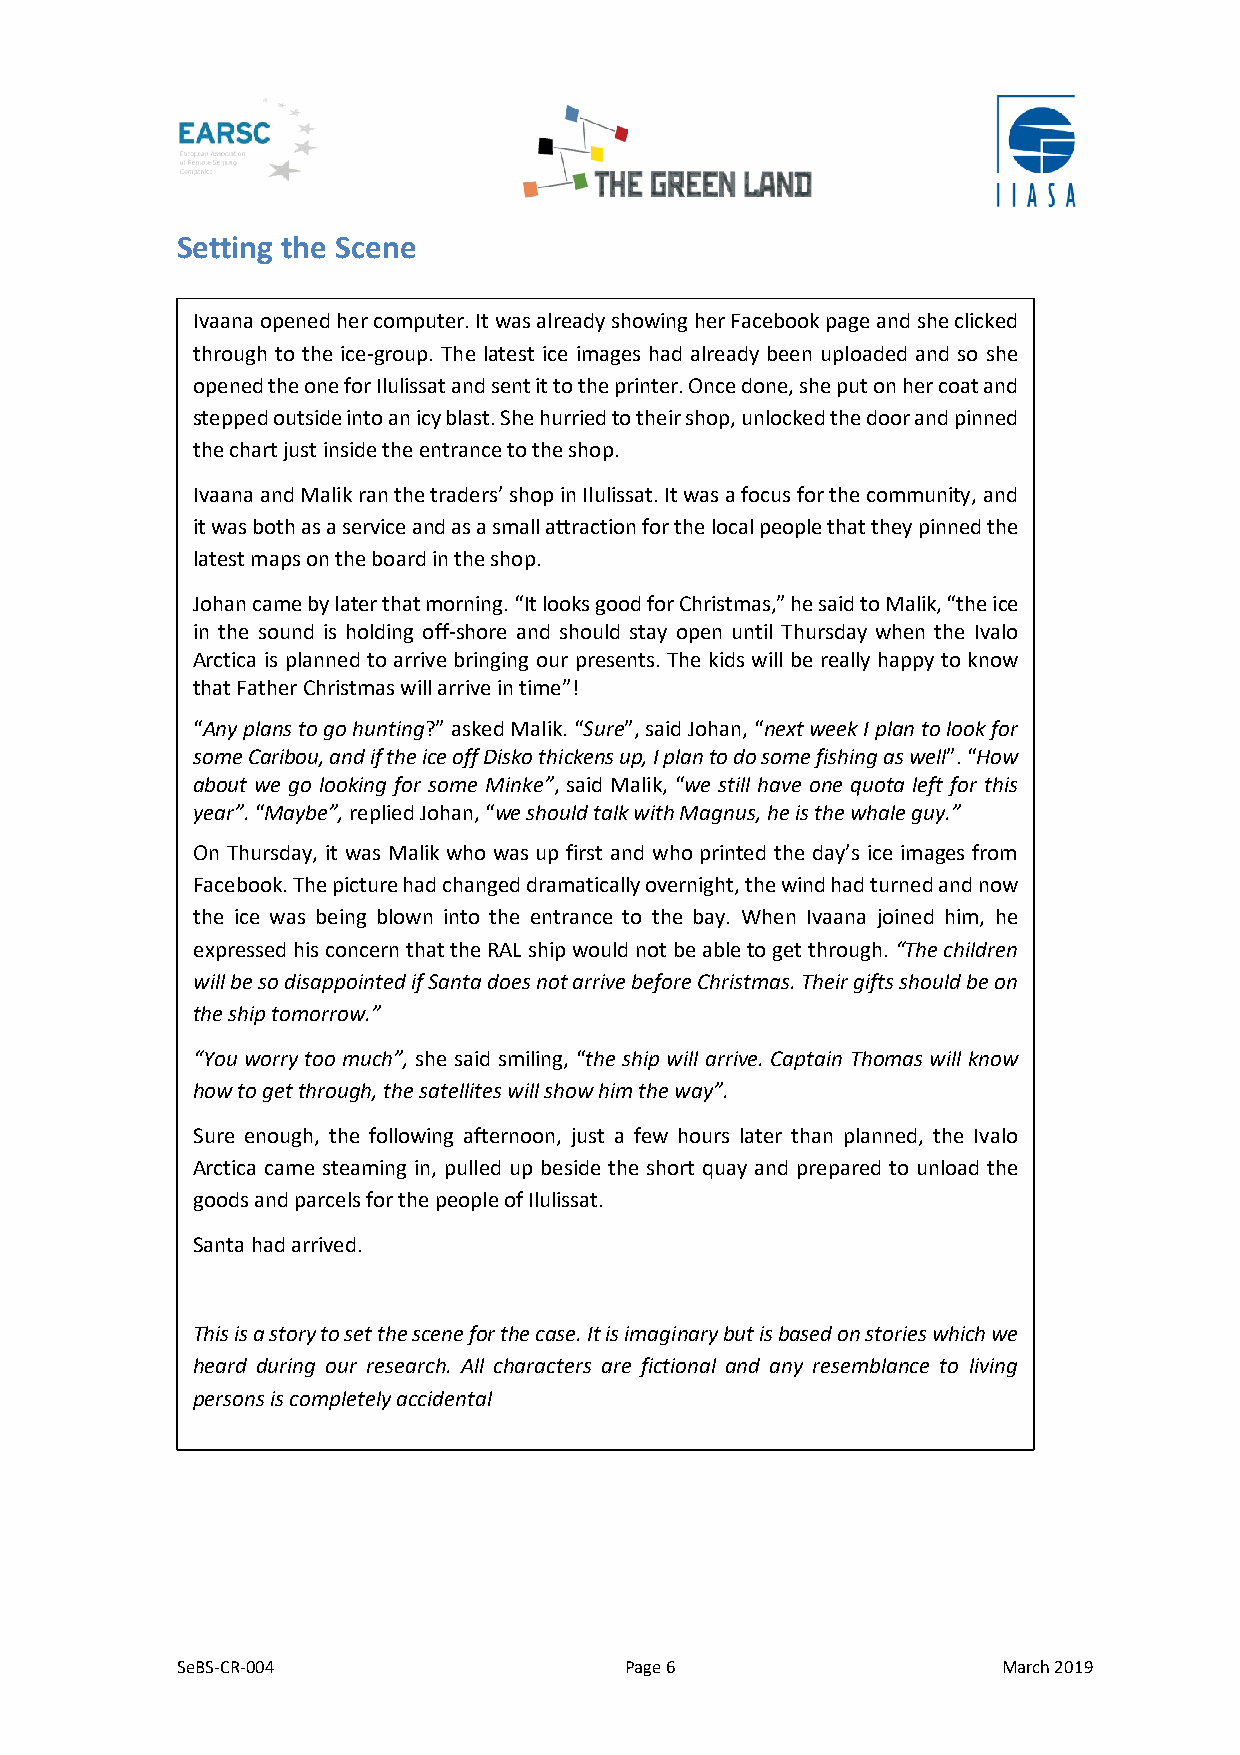
Setting the Scene
 Ivaana opened her computer. It was already showing her Facebook page and she clicked
 through to the ice-group. The latest ice images had already been uploaded and so she
 opened the one for Ilulissat and sent it to the printer. Once done, she put on her coat and
 stepped outside into an icy blast. She hurried to their shop, unlocked the door and pinned
 the chart just inside the entrance to the shop.
 Ivaana and Malik ran the traders’ shop in Ilulissat. It was a focus for the community, and
 it was both as a service and as a small attraction for the local people that they pinned the
 latest maps on the board in the shop.
 Johan came by later that morning. “It looks good for Christmas,” he said to Malik, “the ice
 in the sound is holding off-shore and should stay open until Thursday when the Ivalo
 Arctica is planned to arrive bringing our presents. The kids will be really happy to know
 that Father Christmas will arrive in time”!
 “Any plans to go hunting?” asked Malik. “Sure”, said Johan, “next week I plan to look for
 some Caribou, and if the ice off Disko thickens up, I plan to do some fishing as well”. “How
 about we go looking for some Minke”, said Malik, “we still have one quota left for this
 year”. “Maybe”, replied Johan, “we should talk with Magnus, he is the whale guy.”
 On Thursday, it was Malik who was up first and who printed the day’s ice images from
 Facebook. The picture had changed dramatically overnight, the wind had turned and now
 the ice was being blown into the entrance to the bay. When Ivaana joined him, he
 expressed his concern that the RAL ship would not be able to get through. “The children
 will be so disappointed if Santa does not arrive before Christmas. Their gifts should be on
 the ship tomorrow.”
 “You worry too much”, she said smiling, “the ship will arrive. Captain Thomas will know
 how to get through, the satellites will show him the way”.
 Sure enough, the following afternoon, just a few hours later than planned, the Ivalo
 Arctica came steaming in, pulled up beside the short quay and prepared to unload the
 goods and parcels for the people of Ilulissat.
 Santa had arrived.
 This is a story to set the scene for the case. It is imaginary but is based on stories which we
 heard during our research. All characters are fictional and any resemblance to living
 persons is completely accidental
 SeBS-CR-004                  Page 6                   March 2019